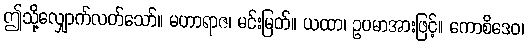
ဤသို့လျှောက်လတ်သော်။ မဟာရာဇ၊ မင်းမြတ်။ ယထာ၊ ဥပမာအားဖြင့်။ ကောစိဒေဝ၊